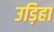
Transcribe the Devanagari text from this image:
उड़िहा